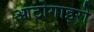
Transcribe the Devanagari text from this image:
आटोगाइरो